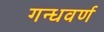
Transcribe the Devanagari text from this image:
गन्धवर्ण